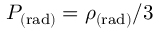
P _ { \mathrm { ( r a d ) } } = \rho _ { \mathrm { ( r a d ) } } / 3